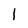
Character: 1